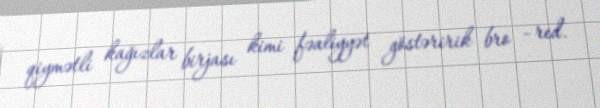
qiymətli kağızlar birjası kimi fəaliyyət göstəririk bro –red.